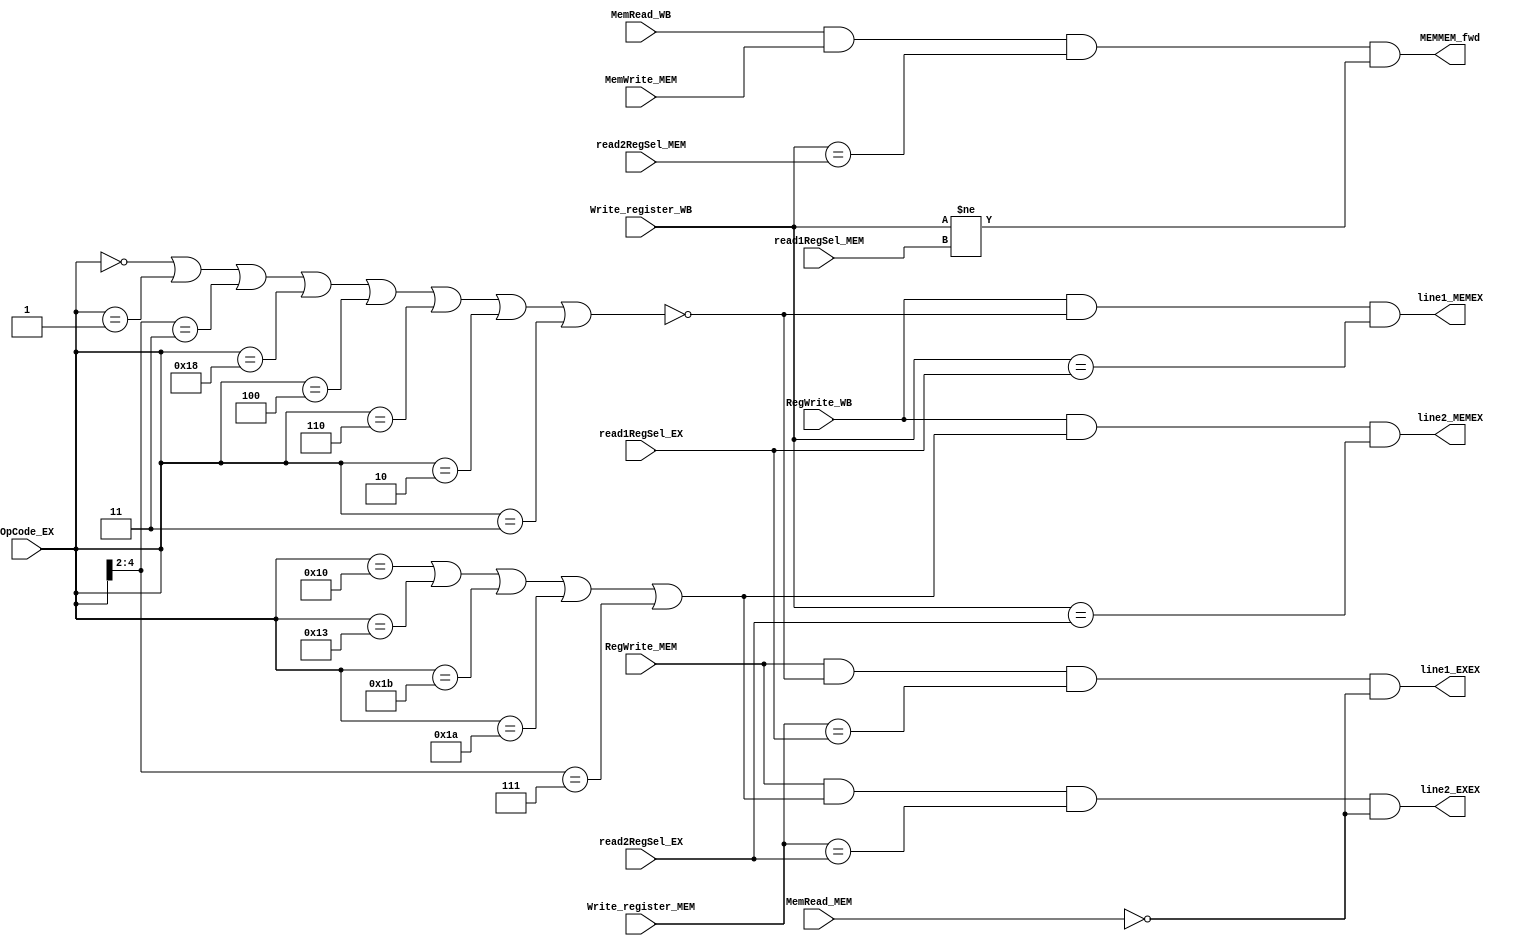
/*
	CS/ECE 552 Spring '22

	Filename        : forwarding.v
	Description     : forwarding unit
*/
module forwarding (
	// Outputs
	line1_EXEX, line2_EXEX, line1_MEMEX, line2_MEMEX,
	MEMMEM_fwd,
	// Inputs
	OpCode_EX, read1RegSel_EX, read2RegSel_EX,
	RegWrite_MEM, Write_register_MEM, MemRead_MEM,
	RegWrite_WB, Write_register_WB,
	MemRead_WB, MemWrite_MEM, read1RegSel_MEM, read2RegSel_MEM
	);
	
	input [4:0] OpCode_EX;
	input [2:0] read1RegSel_EX;
	input [2:0] read2RegSel_EX;
	input RegWrite_MEM;
	input [2:0] Write_register_MEM;
	input MemRead_MEM;
	input RegWrite_WB;
	input [2:0] Write_register_WB;
	input MemRead_WB;
	input MemWrite_MEM;
	input [2:0] read1RegSel_MEM, read2RegSel_MEM;
	
	output line1_EXEX, line2_EXEX;
	output line1_MEMEX, line2_MEMEX;
	// extra credit
	output MEMMEM_fwd;
	
	wire line1_fwdable, line2_fwdable;
	
	assign line1_fwdable = ~(OpCode_EX == 5'b00000 |		// HALT
							 OpCode_EX == 5'b00001 |		// NOP
							 OpCode_EX[4:2] == 3'b011 |		// branches
							 OpCode_EX == 5'b11000 |		// LBI
							 OpCode_EX == 5'b00100 |		// J
							 OpCode_EX == 5'b00110 |		// JAL
							 OpCode_EX == 5'b00010 |		// siic
							 OpCode_EX == 5'b00011);		// RTI
							 
	assign line2_fwdable = OpCode_EX == 5'b10000 |			// ST
						   OpCode_EX == 5'b10011 |			// STU
						   OpCode_EX == 5'b11011 |			// ADD, SUB, XOR, ANDN
						   OpCode_EX == 5'b11010 |			// ROL, SLL, ROR, SRL
						   OpCode_EX[4:2] == 3'b111;		// SEQ, SLT, SLE, SCO
	
	assign line1_EXEX = RegWrite_MEM & line1_fwdable & (Write_register_MEM == read1RegSel_EX) & ~MemRead_MEM;
	assign line2_EXEX = RegWrite_MEM & line2_fwdable & (Write_register_MEM == read2RegSel_EX) & ~MemRead_MEM;
	
	assign line1_MEMEX = RegWrite_WB & line1_fwdable & (Write_register_WB == read1RegSel_EX);
	assign line2_MEMEX = RegWrite_WB & line2_fwdable & (Write_register_WB == read2RegSel_EX);
	
	// extra credit
	assign MEMMEM_fwd = MemRead_WB & MemWrite_MEM & (Write_register_WB == read2RegSel_MEM) & (Write_register_WB != read1RegSel_MEM);
	
endmodule